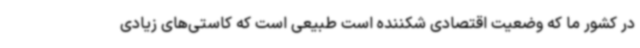
در کشور ما که وضعیت اقتصادی شکننده‌ است طبیعی است که کاستی‌های زیادی